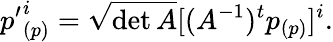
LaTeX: {p^{\prime}}_{(p)}^{i}=\sqrt{\operatorname*{det}A}[(A^{-1})^{t}p_{(p)}]^{i}.